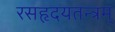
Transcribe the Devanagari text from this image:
रसहृदयतन्त्रम्